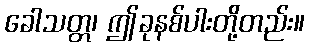
ခေါသတ္တ၊ ဤခုနစ်ပါးတို့တည်း။